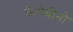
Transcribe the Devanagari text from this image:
कैपेचीनो